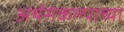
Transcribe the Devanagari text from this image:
अर्थसंकल्पाच्या